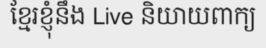
ខ្មែរខ្ញុំនឹង Live និយាយពាក្យ